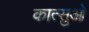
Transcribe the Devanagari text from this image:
कात्सुओ